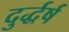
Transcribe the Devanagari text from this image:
दुर्द्धर्ष